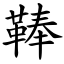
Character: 䩬